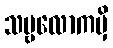
သဗ္ဗလောကမှိ